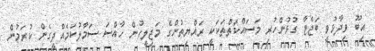
އިބޫ ވިދާޅުވީ ބަޖެޓާ ގުޅުންހުރި މަސައްކަތްތަކަކީ ރައްޔިތުންގެ މަޖިލީހުން ހާއްސަ ސަމާލުކަމެއްދީގެން ކުރަމުން